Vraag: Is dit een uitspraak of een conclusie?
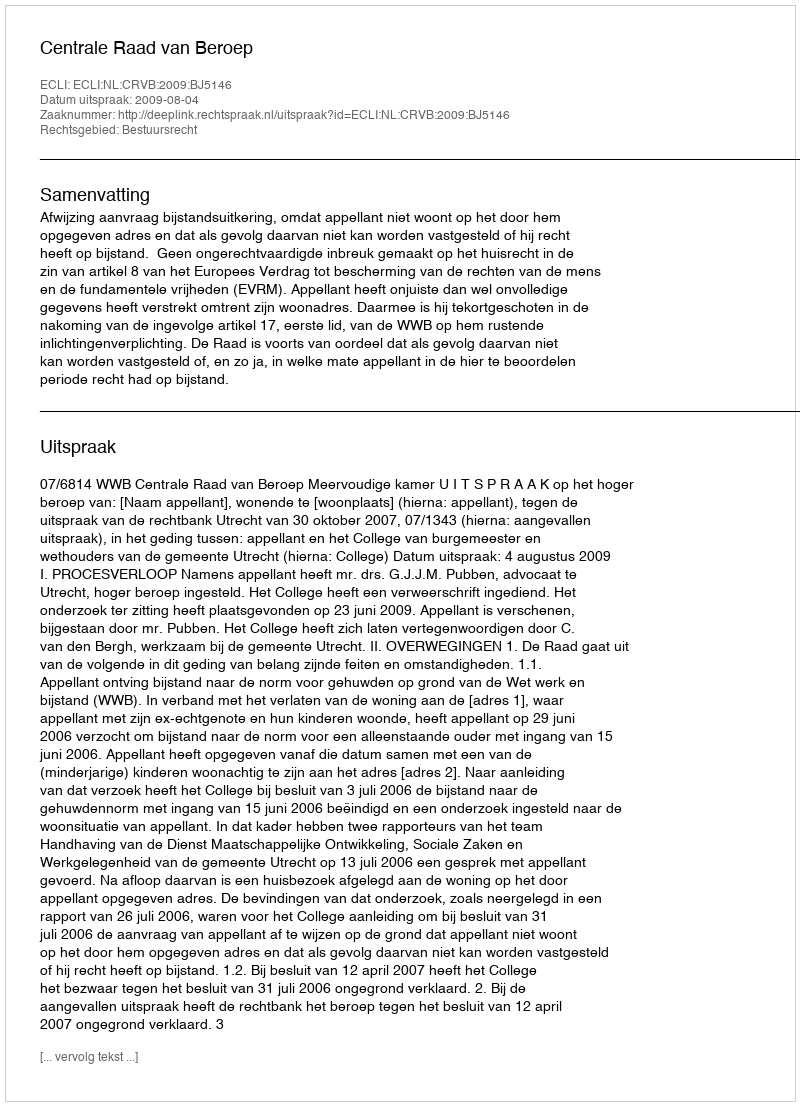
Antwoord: Uitspraak